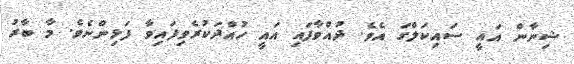
ޝިނާން އައީ ސައިކަލްގަ އެވެ. ދުއްވާފައި އައީ ހުއްދަކުރެވިފައިވާ ފަޅިންނެވެ. މާ ބާރު